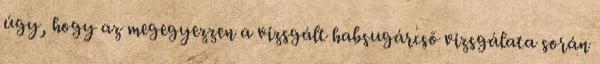
úgy, hogy az megegyezzen a vizsgált habsugárcsõ vizsgálata során